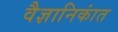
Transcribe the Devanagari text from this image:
वैज्ञानिकांत